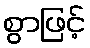
စွာဖြင့်